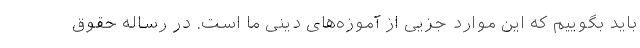
باید بگوییم که این موارد جزیی از آموزه‌های دینی ما است. در رساله حقوق